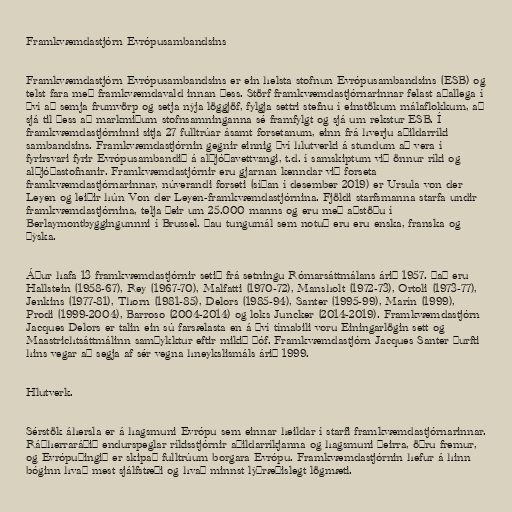
Framkvæmdastjórn Evrópusambandsins

Framkvæmdastjórn Evrópusambandsins er ein helsta stofnun Evrópusambandsins (ESB) og
telst fara með framkvæmdavald innan þess. Störf framkvæmdastjórnarinnar felast aðallega í
því að semja frumvörp og setja nýja löggjöf, fylgja settri stefnu í einstökum málaflokkum, að
sjá til þess að markmiðum stofnsamninganna sé framfylgt og sjá um rekstur ESB. Í
framkvæmdastjórninni sitja 27 fulltrúar ásamt forsetanum, einn frá hverju aðildarríki
sambandsins. Framkvæmdastjórnin gegnir einnig því hlutverki á stundum að vera í
fyrirsvari fyrir Evrópusambandið á alþjóðavettvangi, t.d. í samskiptum við önnur ríki og
alþjóðastofnanir. Framkvæmdastjórnir eru gjarnan kenndar við forseta
framkvæmdastjórnarinnar, núverandi forseti (síðan í desember 2019) er Ursula von der
Leyen og leiðir hún Von der Leyen-framkvæmdastjórnina. Fjöldi starfsmanna starfa undir
framkvæmdastjórnina, telja þeir um 25.000 manns og eru með aðstöðu í
Berlaymontbyggingunnni í Brussel. Þau tungumál sem notuð eru eru enska, franska og
þýska.

Áður hafa 13 framkvæmdastjórnir setið frá setningu Rómarsáttmálans árið 1957. Það eru
Hallstein (1958-67), Rey (1967-70), Malfatti (1970-72), Mansholt (1972-73), Ortoli (1973-77),
Jenkins (1977-81), Thorn (1981-85), Delors (1985-94), Santer (1995-99), Marín (1999),
Prodi (1999-2004), Barroso (2004-2014) og loks Juncker (2014-2019). Framkvæmdastjórn
Jacques Delors er talin ein sú farsælasta en á því tímabili voru Einingarlögin sett og
Maastrichtsáttmálinn samþykktur eftir mikið þóf. Framkvæmdastjórn Jacques Santer þurfti
hins vegar að segja af sér vegna hneykslismáls árið 1999.

Hlutverk.

Sérstök áhersla er á hagsmuni Evrópu sem einnar heildar í starfi framkvæmdastjórnarinnar.
Ráðherraráðið endurspeglar ríkisstjórnir aðildarríkjanna og hagsmuni þeirra, öðru fremur,
og Evrópuþingið er skipað fulltrúum borgara Evrópu. Framkvæmdastjórnin hefur á hinn
bóginn hvað mest sjálfstæði og hvað minnst lýðræðislegt lögmæti.